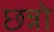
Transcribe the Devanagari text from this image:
छन्नो